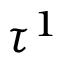
\tau ^ { 1 }